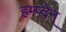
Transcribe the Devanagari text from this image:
हम्प्देन्